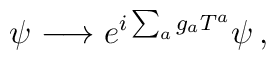
\psi \longrightarrow e^{i\sum_{a} g_{a}T^{a}}\psi\, ,